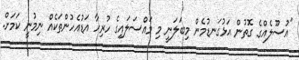
"އުސޫލެއްގެ ގޮތުން އަޅުގަނޑުމެން މިބަލަނީ މި މައްސަލައިގެ ހުރިހާ އަޑުއެހުންތަކެއް ނިމުނީ ކަމަށް.